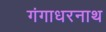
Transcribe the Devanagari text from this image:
गंगाधरनाथ